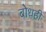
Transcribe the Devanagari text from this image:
बोधही